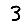
Digit: 3